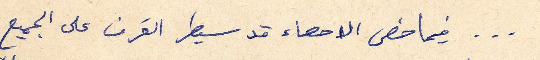
... فيما خص الاحصاء قد سيطر القرف على الجميع